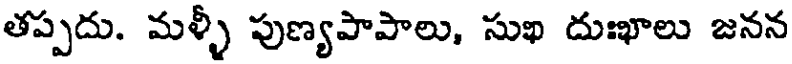
తప్పదు. మళ్ళీ పుణ్యపాపాలు, సుఖ దుఃఖాలు జనన